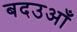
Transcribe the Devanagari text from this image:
बदउआँ